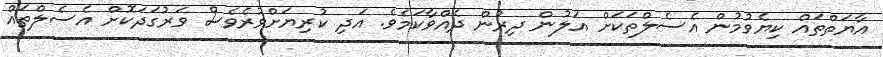
އާޔަތްތައް ކިޔެވުމުން އެސެލްތަކަށް އަލުން ދިރުން ދެއްވާކަމެވެ. އަދި ކުރިޔަށްވުރެވެސް ވަރުގަދަކޮށް އެސެލްތައް